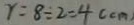
r = 8 \div 2 = 4 ( c m )